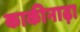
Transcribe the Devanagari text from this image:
काकीनाढ़ा